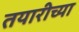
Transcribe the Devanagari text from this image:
तयारीच्या